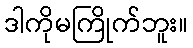
ဒါကိုမကြိုက်ဘူး။